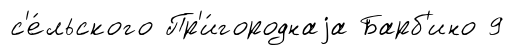
с'е́льского Пр'и́городнаjа Барб'ино 9